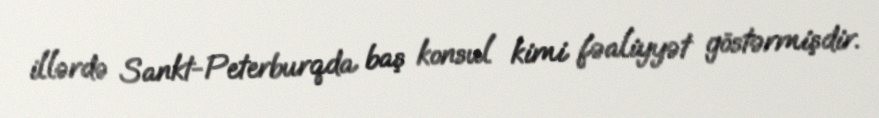
illərdə Sankt-Peterburqda baş konsul kimi fəaliyyət göstərmişdir.